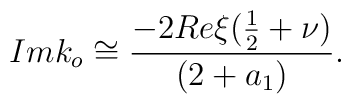
Imk_o\cong\frac{-2Re\xi(\frac{1}{2}+\nu)}{(2+a_1)}.